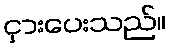
ငှားပေးသည်။